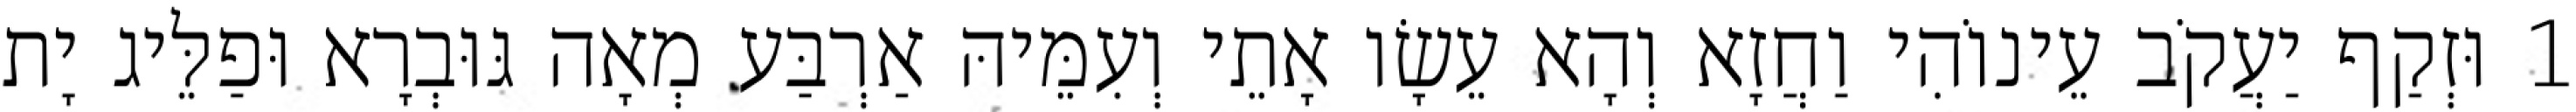
1 וּזְקַף יַעֲקֹב עֵינוֹהִי וַחֲזָא וְהָא עֵשָׂו אָתֵי וְעִמֵּיהּ אַרְבַּע מְאָה גּוּבְרָא וּפַלֵּיג יָת